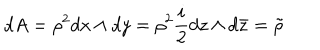
LaTeX: d A = \rho ^ { 2 } d x \wedge d y = \rho ^ { 2 } \frac { i } { 2 } d z \wedge d \bar { z } = \tilde { \rho }